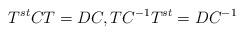
LaTeX: \begin{align*} T^{st}CT = DC, TC^{-1}T^{st} = DC^{-1}\end{align*}